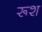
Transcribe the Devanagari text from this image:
रूश